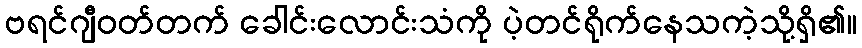
ဗရင်ဂျီဝတ်တက် ခေါင်းလောင်းသံကို ပဲ့တင်ရိုက်နေသကဲ့သို့ရှိ၏။